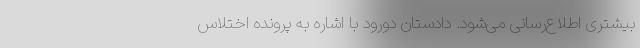
بیشتری اطلاع‌رسانی می‌شود. دادستان دورود با اشاره به پرونده اختلاس